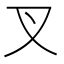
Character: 叉